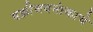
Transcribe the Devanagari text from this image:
वक्रीभवनांकाचे